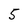
Character: 5